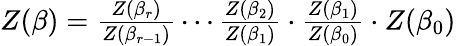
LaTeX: \begin{array}{r}{Z(\beta)=\frac{Z(\beta_{r})}{Z(\beta_{r-1})}\cdots\frac{Z(\beta_{2})}{Z(\beta_{1})}\cdot\frac{Z(\beta_{1})}{Z(\beta_{0})}\cdot Z(\beta_{0})}\end{array}